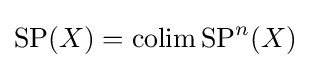
\operatorname {SP} (X)=\operatorname {colim} \operatorname {SP} ^{n}(X)